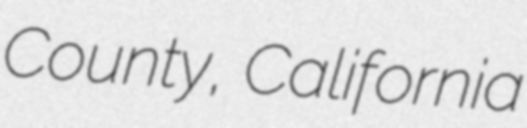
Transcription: County, California